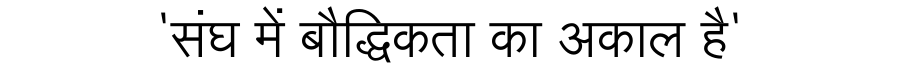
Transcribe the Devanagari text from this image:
'संघ में बौद्धिकता का अकाल है'